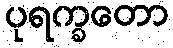
ပုရက္ခတော